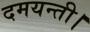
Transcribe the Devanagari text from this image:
दमयन्ती।